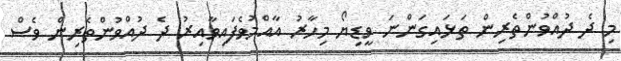
މި ދެ ދުއްވުންތެރިން ތަޅައިގަންނަ ވީޑިޔޯ މިހާރު އާއްމުވެފައިވާއިރު ދެ ދުއްވުންތެރިން ވެސް